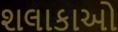
શલાકાઓ